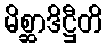
မိစ္ဆာဒိဋ္ဌီတိ